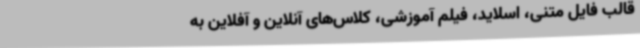
قالب فایل متنی، اسلاید، فیلم آموزشی، کلاس‌های آنلاین و آفلاین به